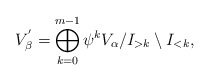
\begin{align*}V_{\beta}^{'}=\bigoplus_{k=0}^{m-1}\psi^{k}V_{\alpha}/I_{>k}\setminus I_{<k},\end{align*}